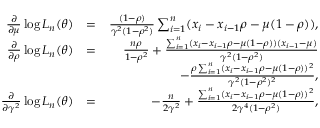
\begin{array} { r l r } { \frac { \partial } { \partial \mu } \log L _ { n } ( \theta ) } & { = } & { \frac { ( 1 - \rho ) } { \gamma ^ { 2 } ( 1 - \rho ^ { 2 } ) } \sum _ { i = 1 } ^ { n } ( x _ { i } - x _ { i - 1 } \rho - \mu ( 1 - \rho ) ) , } \\ { \frac { \partial } { \partial \rho } \log L _ { n } ( \theta ) } & { = } & { \frac { n \rho } { 1 - \rho ^ { 2 } } + \frac { \sum _ { i = 1 } ^ { n } ( x _ { i } - x _ { i - 1 } \rho - \mu ( 1 - \rho ) ) ( x _ { i - 1 } - \mu ) } { \gamma ^ { 2 } ( 1 - \rho ^ { 2 } ) } } \\ & { } & { - \frac { \rho \sum _ { i = 1 } ^ { n } ( x _ { i } - x _ { i - 1 } \rho - \mu ( 1 - \rho ) ) ^ { 2 } } { \gamma ^ { 2 } ( 1 - \rho ^ { 2 } ) ^ { 2 } } , } \\ { \frac { \partial } { \partial \gamma ^ { 2 } } \log L _ { n } ( \theta ) } & { = } & { - \frac { n } { 2 \gamma ^ { 2 } } + \frac { \sum _ { i = 1 } ^ { n } ( x _ { i } - x _ { i - 1 } \rho - \mu ( 1 - \rho ) ) ^ { 2 } } { 2 \gamma ^ { 4 } ( 1 - \rho ^ { 2 } ) } , } \end{array}